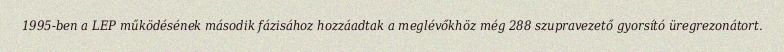
1995-ben a LEP működésének második fázisához hozzáadtak a meglévőkhöz még 288 szupravezető gyorsító üregrezonátort.